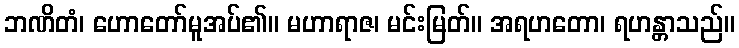
ဘဏိတံ၊ ဟောတော်မူအပ်၏။ မဟာရာဇ၊ မင်းမြတ်။ အရဟတော၊ ရဟန္တာသည်။